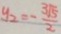
y _ { 2 } = - \frac { 3 \sqrt { 5 } } { 2 }